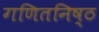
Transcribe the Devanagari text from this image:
गणितनिष्ठ